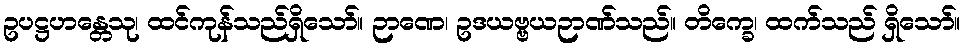
ဥပဋ္ဌဟန္တေသု၊ ထင်ကုန်သည်ရှိသော်။ ဉာဏေ၊ ဥဒယဗ္ဗယဉာဏ်သည်။ တိက္ခေ၊ ထက်သည် ရှိသော်။